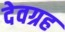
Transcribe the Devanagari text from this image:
देवग्रह